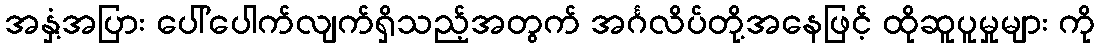
အနှံ့အပြား ပေါ်ပေါက်လျက်ရှိသည့်အတွက် အင်္ဂလိပ်တို့အနေဖြင့် ထိုဆူပူမှုများ ကို